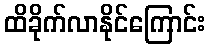
ထိခိုက်လာနိုင်ကြောင်း